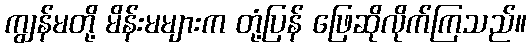
ကျွန်မတို့ မိန်းမများက တုံ့ပြန် ဖြေဆိုလိုက်ကြသည်။